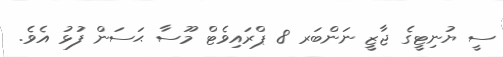
ސީ ޔުނިޓީގެ ޖާޒީ ނަންބަރ 8 ޕްރައިވެޓް މޫސާ ޙަސަން ފުޅު އެވެ.